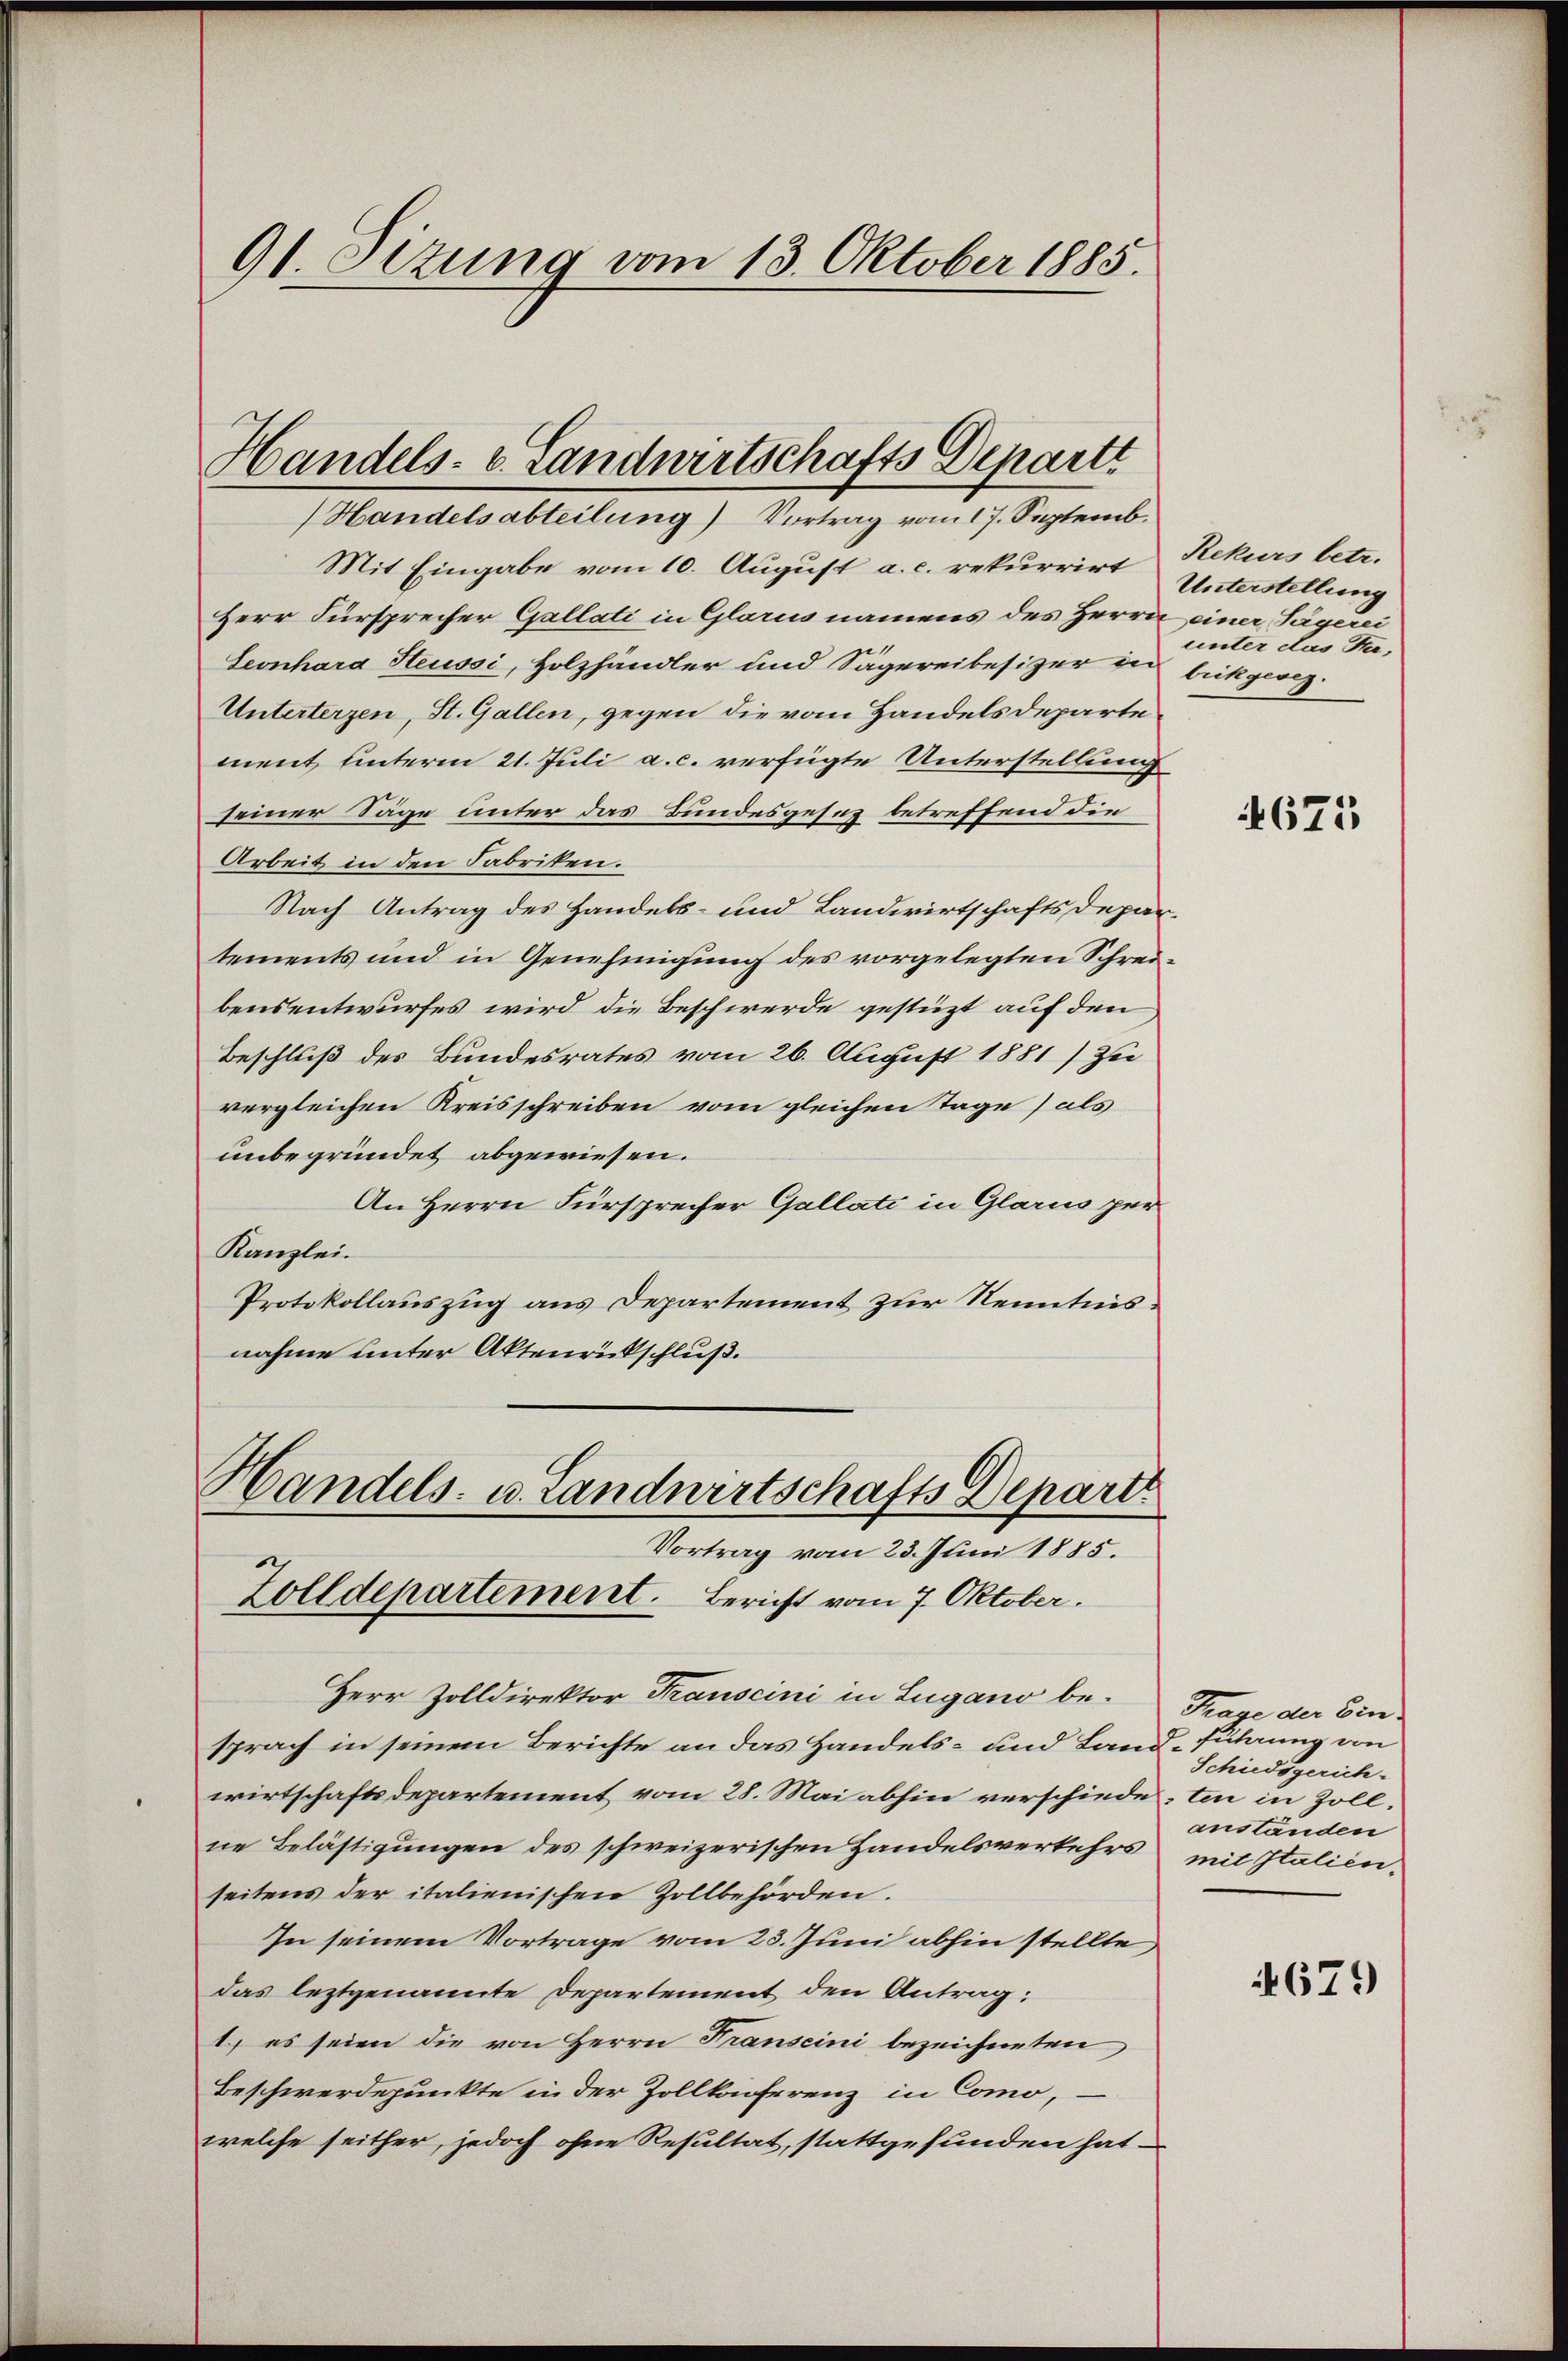
91. Sizung vom 13. Oktober 1885.

Handels- u. Landwirtschafts Departi
Handelsabteilung) Vortrag vom 17. Septemb.

Mit Eingabe vom 10. August a. c. rekurrirt Rekurs betr.
Herr Fürsprecher Gallati in Glarus namens des Herrn einer Jägerei
Leonhard Steussi, Holzhändler und Sägereibesizer zu bickgesez¬
Unterterzen, St. Gallen, gegen die vom Handelsdepartement hinterm 21. Juli a. c. verfügte Unterstellung
seiner Säge unter das Bundesgesez betreffend die
Arbeit in den Fabriken.
Nach Antrag des Handels- und Landwirtschaftsdepar-
tements und in Genehmigung des vorgelegten Schreibensentwurfes wird die Beschwerde gestüzt auf den
Beschluß des Bundesrates vom 26. August 1881) zu
vergleichen Kreisschreiben vom gleichen Tage) als
unbegründet abgewiesen.
An Herrn Fürsprecher Gallati in Glarus zur
Kanzlei.
Protokollauszug aus Departement zur Kenntnisnahme unter Aktenrückschluß.
Handels- u. Landwirtschafts Depart
Vortrag vom 23. Juni 1885.
Zolldepartement. Bericht vom 7. Oktober.
Herr Zolldirektor Transcini in Lugano be- Trase der Ein-
sprach in seinem Berichte an das Handels- und Land-Führung von
wirtschaftsdepartement vom 28. Mai abhin verschieden, ten in Zollne Belästigungen des schweizerischen Handelsverkehrs mit Italien-
seitens der italienischen Zollbehörden.
In seinem Vortrage vom 23. Juni abhin stellte
das leztgenannte Departement den Antrag:
1) es seien die von Herrn Franscini bezeichneten
Beschwerdepunkte in der Zollkonferenz in Como,
welche seither, jedoch ohne Resultat, stattgefunden hat

Unterstellung
unter das Sta¬

675

Schiedsgerich-
anstanden

679